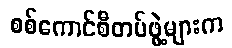
စစ်ကောင်စီတပ်ဖွဲ့များက